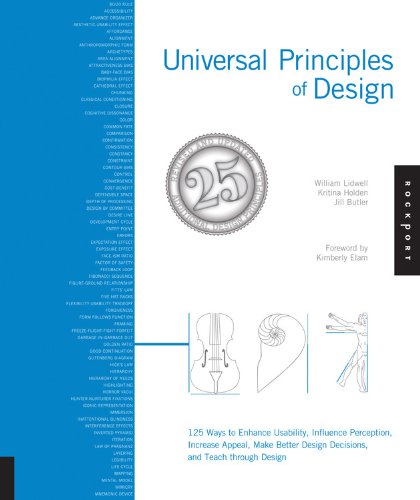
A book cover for Universal Principles of Design, Revised and Updated: 125 Ways to Enhance Usability, Influence Perception, Increase Appeal, Make Better Design Decisions, and Teach through Design; William Lidwell; Arts & Photography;